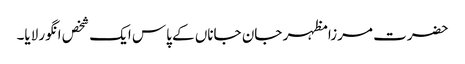
حضرت مرزا مظہر جان جاناں کے پاس ایک شخص انگور لایا۔